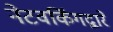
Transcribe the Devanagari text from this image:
नेटवर्किंगद्वारे